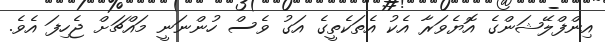
އިންފްލޭޝަންގެ އޮޔެވަރާ އެކު އެތަކެތީގެ އަގު ވެސް ހުންނަނީ މައްޗަށް ޖެހިފަ އެވެ.